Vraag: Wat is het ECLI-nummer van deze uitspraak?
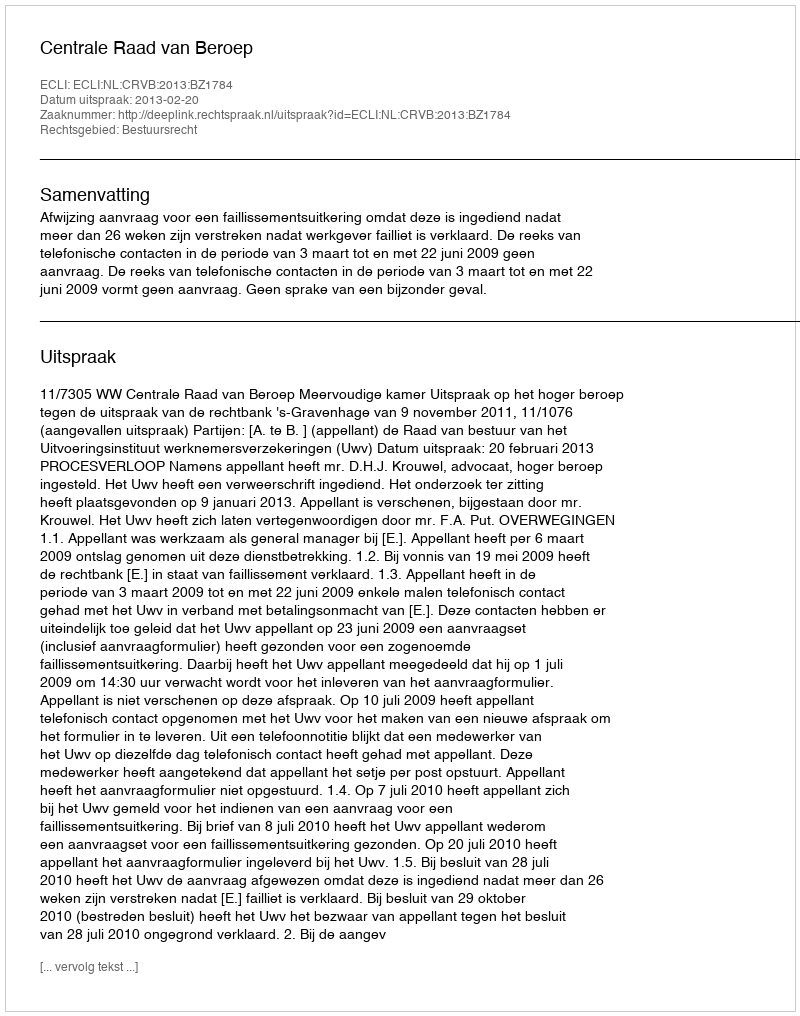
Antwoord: ECLI:NL:CRVB:2013:BZ1784